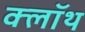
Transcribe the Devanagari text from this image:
क्‍लॉथ